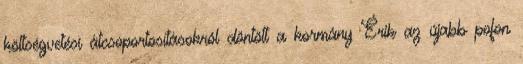
költségvetési átcsoportosításokról döntött a kormány Érik az újabb pofon